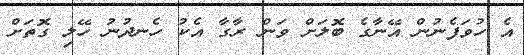
އެ ހުވަފެނުން އޭނާގެ ބޮލަށް ވަން ރާގާ އެކު ހެނދުނު ހޭލި ގޮތަށް